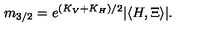
m _ { 3 / 2 } = e ^ { ( K _ { V } + K _ { H } ) / 2 } | \langle H , \Xi \rangle | .